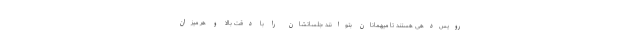
رویس‌دهی هستند تا میهمانان بتوانند جلساتشان را با دقت بالا و هر میزان